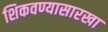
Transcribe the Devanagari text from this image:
शिकवण्यासारखा